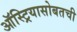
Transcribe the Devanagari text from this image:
ऑस्ट्रियासोबतची